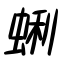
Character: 蜊